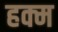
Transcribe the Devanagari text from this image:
हक्म